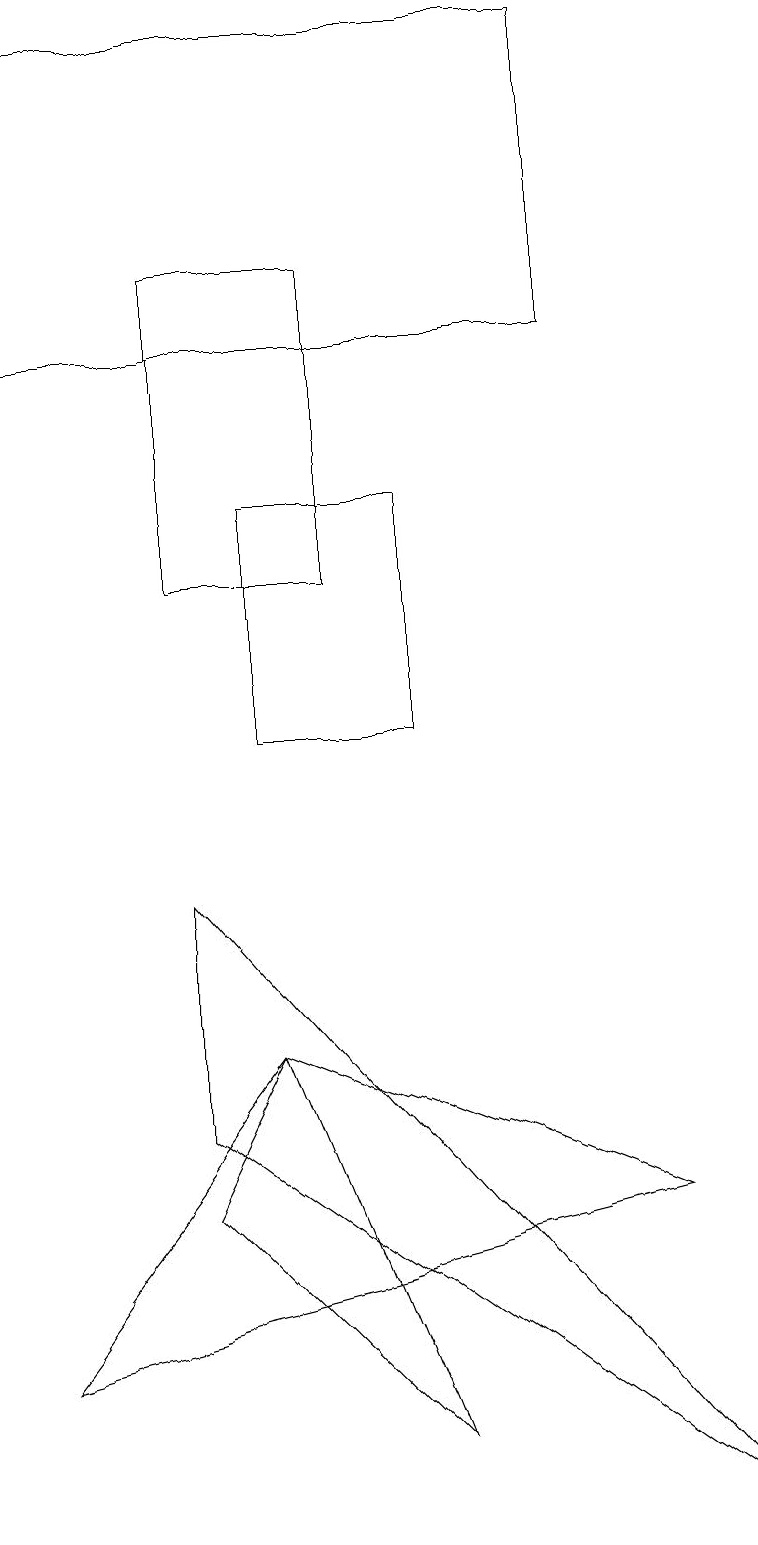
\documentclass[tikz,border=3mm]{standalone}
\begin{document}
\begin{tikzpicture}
\draw (5,13) rectangle (3,10);
\draw (8,4) -- (3,6) -- (0,2) -- cycle;
\draw (2,4) -- (3,6) -- (5,1) -- cycle;
\draw (2,16) rectangle (4,12);
\draw (0,19) rectangle (7,15);
\draw (9,0) -- (2,8) -- (2,5) -- cycle;
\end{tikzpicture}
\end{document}